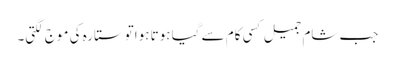
جب شام جمیل کسی کام سے گیا ہوتا ہواتوستارہ کی موج لگتی۔